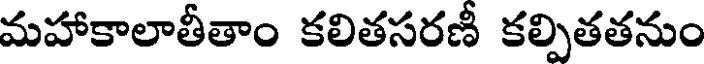
మహాకాలాతీతాం కలితసరణీ కల్పితతనుం